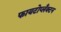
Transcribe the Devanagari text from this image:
फायटोप्लँक्टन